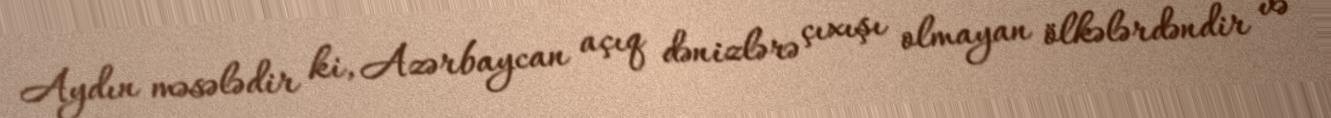
Aydın məsələdir ki, Azərbaycan açıq dənizlərə çıxışı olmayan ölkələrdəndir və